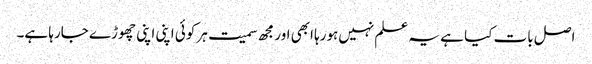
اصل بات کیا ہے یہ علم نہیں‌ہورہا ابھی اور مجھ سمیت ہر کوئی اپنی اپنی چھوڑے جارہا ہے۔